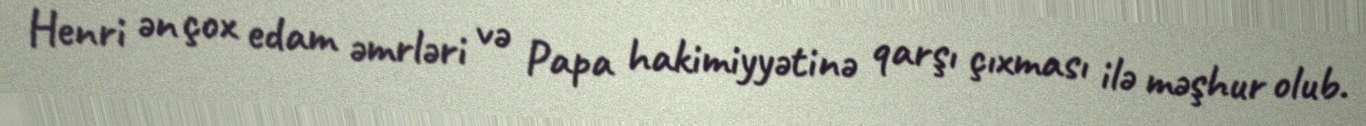
Henri ən çox edam əmrləri və Papa hakimiyyətinə qarşı çıxması ilə məşhur olub.